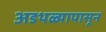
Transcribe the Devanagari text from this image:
अडथळ्यापासून